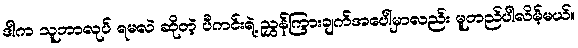
ဒါက သူဘာလုပ် ရမလဲ ဆိုတဲ့ ပီကင်းရဲ့ ညွှန်ကြားချက်အပေါ်မှာလည်း မူတည်ပါလိမ့်မယ်။